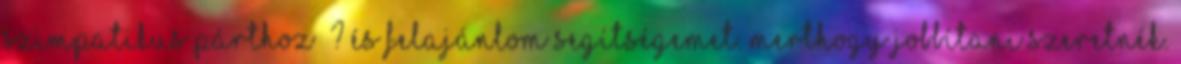
szimpatikus párthoz ? és felajánlom segítségemet. Merthogy jobbítani szeretnék.